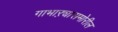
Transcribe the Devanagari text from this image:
गाभाऱ्यासमोरील